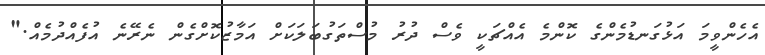
އެހެންވީމަ އަޅުގަނޑުމެންގެ ކޮންމެ އެއްޗަކީ ވެސް ދުރު މުސްތަގުބަލަކަށް އަމާޒުކޮޮށްގެން ނެރޭނެ އުފެއްދުމެއް."